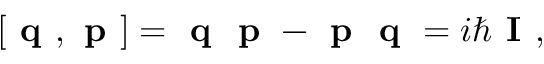
[ \textbf { q } , \textbf { p } ] = \textbf { q } \textbf { p } - \textbf { p } \textbf { q } = i \hbar \textbf { I } ,